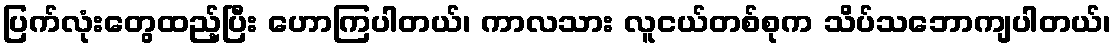
ပြက်လုံးတွေထည့်ပြီး ဟောကြပါတယ်၊ ကာလသား လူငယ်တစ်စုက သိပ်သဘောကျပါတယ်၊